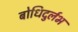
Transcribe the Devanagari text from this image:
बोधिदुर्लभ